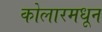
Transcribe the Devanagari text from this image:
कोलारमधून